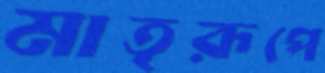
মাতৃরূপে